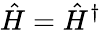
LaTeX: \hat{H}=\hat{H}^{\dagger}